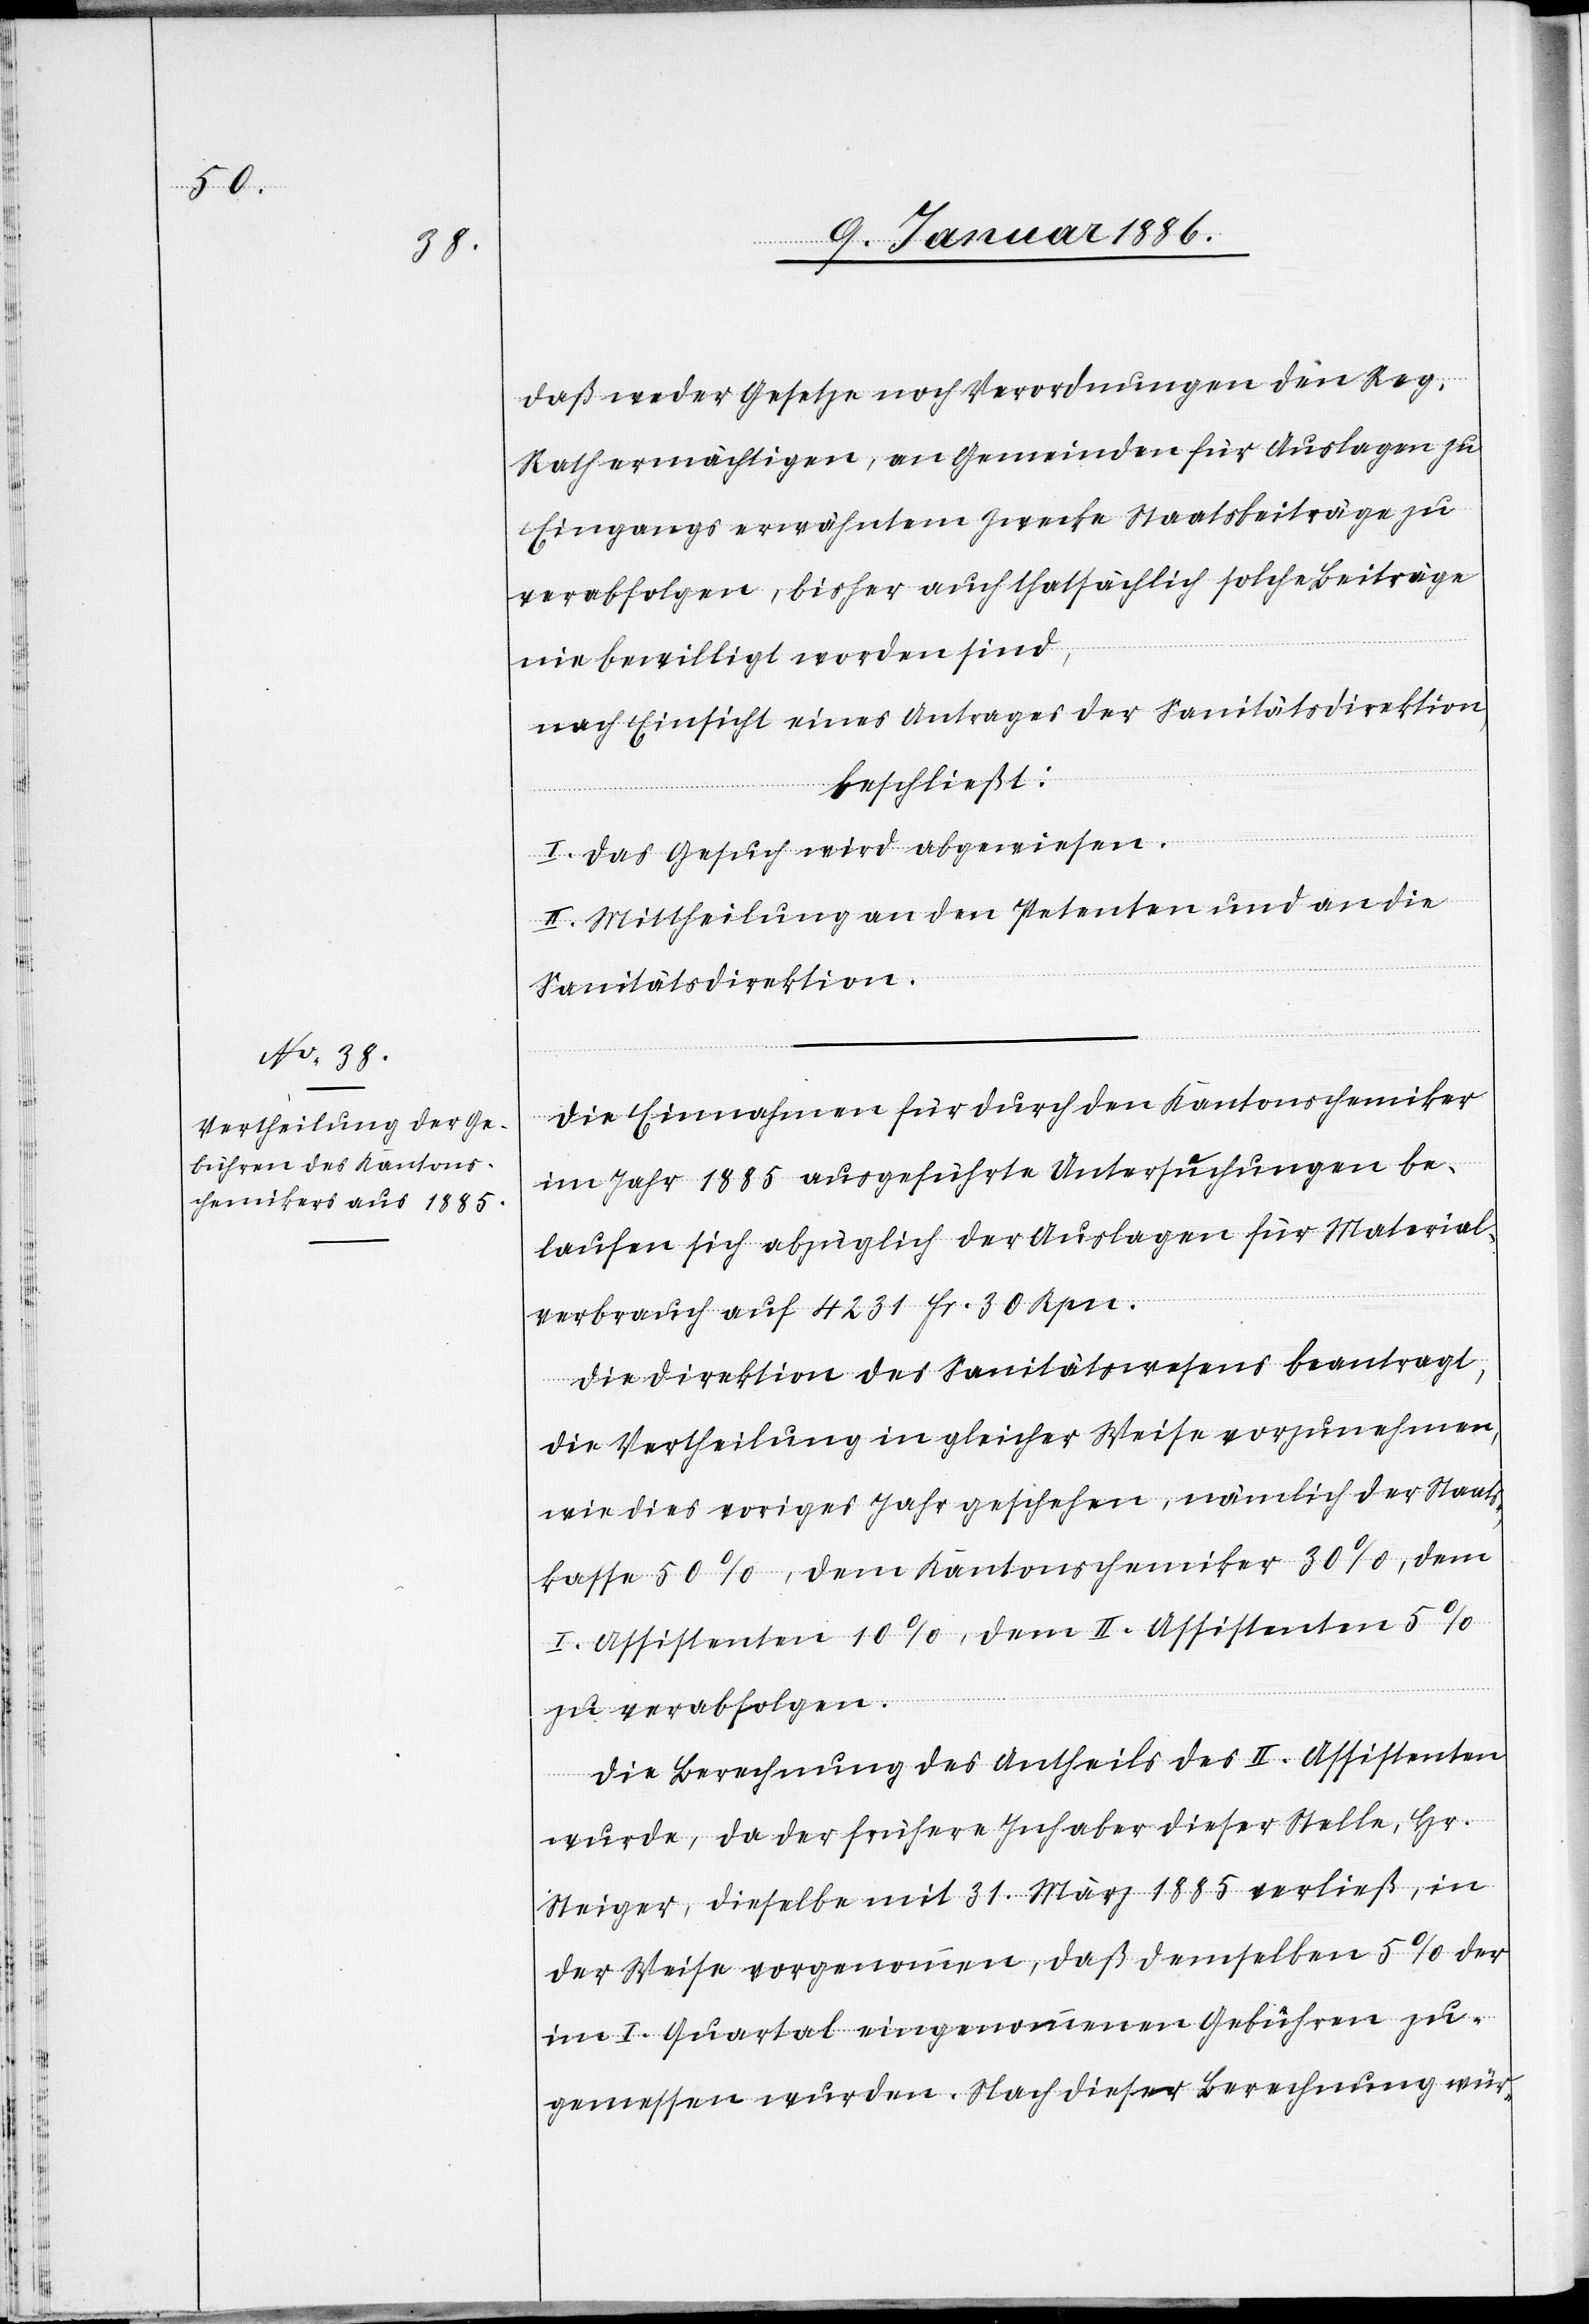
daß weder Gesetze noch Verordnungen den Reg.
Rath ermächtigen, an Gemeinden für Auslagen zu
Eingangs erwähnten Zwecke Staatsbeiträge zu
verabfolgen, bisher auch thatsächlich solche Beiträge
nie bewilligt worden sind,
nach Einsicht eines Antrags der Sanitätsdirektion,
beschließt:
I. Das Gesuch wird abgewiesen.
II. Mittheilung an den Petenten und an die
Sanitätsdirektion.
Die Einnahmen für durch den Kantonschemiker
im Jahr 1885 ausgeführten Untersuchungen be¬
laufen sich abzüglich der Auslagen für Material¬
verbrauch auf 4231 Fr. 30 Rpn.
Die Direktion des Sanitätswesens beantragt,
die Vertheilung in gleicher Weise vorzunehmen,
wie dies voriges Jahr geschehen, nämlich der Staats¬
kasse 50%, dem Kantonschemiker 30%, dem
I. Assistenten 10%, dem II. Assistenten 5%
zu verabfolgen.
Die Berechnung des Antheils des II. Assistenten
wurde, da der frühere Inhaber dieser Stelle, Hr.
Steiger, dieselbe mit 31.März 1885 verließ, in
der Weise vorgenommen, daß demselben 5% der
im I. Quartal eingenommenen Gebühren zu¬
gemessen wurden. Nach dieser Berechnung wür-